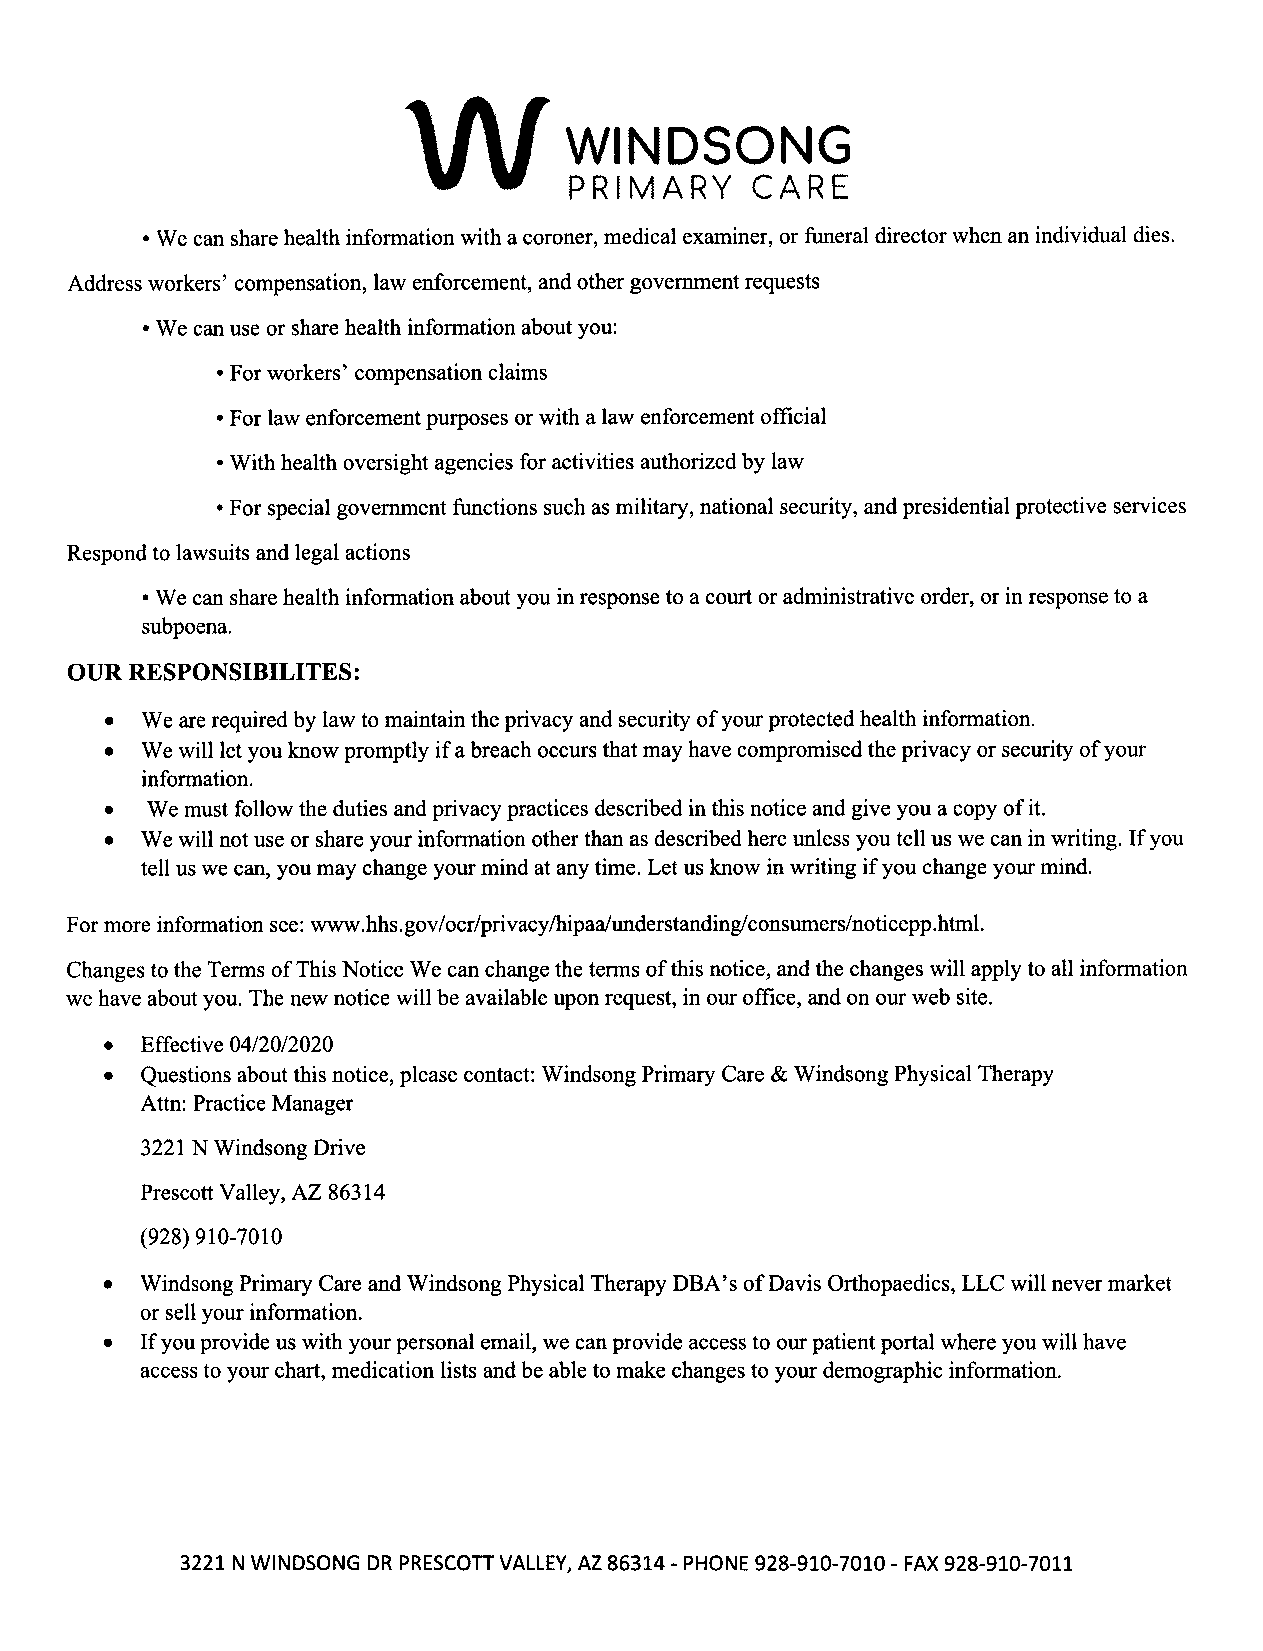
VV
 WINDSONG
 PRIMARY     CARE
 • We can share health information with a coroner, medical examiner, or funeral director when an individual dies.
 Address workers' compensation, law enforcement, and other government requests
 • We can use or share health information about you:
 • For workers' compensation claims
 • For law enforcement purposes or with a law enforcement official
 • With health oversight agencies for activities authorized by law
 • For special government functions such as military, national security, and presidential protective services
 Respond to lawsuits and legal actions
 • We can share health information about you in response to a court or administrative order, or in response to a
 subpoena.
 OUR RESPONSIBILITES :
 • We are required by law to maintain the privacy and security of your protected health information.
 • We will let you know promptly ifa breach occurs that may have compromised the privacy or security of your
 information.
 •  We must follow the duties and privacy practices described in this notice and give you a copy of it.
 • We will not use or share your information other than as described here unless you tell us we can in writing. If you
 tell us we can, you may change your mind at any time. Let us know in writing if you change your mind.
 For more information see : www.hhs. gov/ocr/privacythipaa/understanding/consumers/noticepp.html.
 Changes to the Terms of This Notice We can change the terms of this notice, and the changes will apply to all information
 we have about you. The new notice will be available upon request, in our office, and on our web site.
 • Effective 04/20/2020
 • Questions about this notice, please contact: Windsong primary care & Windsong physical Therapy
 Attn: Practice Manager
 3221 N Windsong Drive
 Prescott Valley, AZ 86314
 (928) 910-7010
 • Windsong primary care and windsong physical Therapy DBA's ofDavis orthopaedics, LLC will never market
 or sell your information.
 • If you provide us with your personal email, we can provide access to our patient portal where you will have
 access to your chart, medication lists and be able to make changes to your demographic information.
 3221 N WINDSONG DR PRESCOTT VALLEY, AZ 86314 -PHONE 928-910-7010 -FAX 928-910-7011